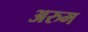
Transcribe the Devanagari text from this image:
अरुम